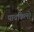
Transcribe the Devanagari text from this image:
पावकिलो